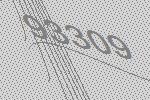
93309